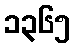
၁၃၆၅